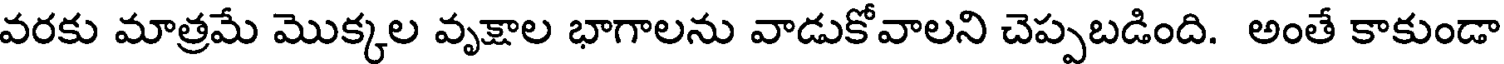
వరకు మాత్రమే మొక్కల వృక్షాల భాగాలను వాడుకోవాలని చెప్పబడింది. అంతే కాకుండా